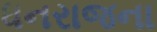
ધનરાજના